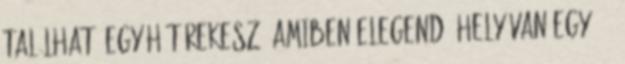
található egy hűtőrekesz, amiben elegendő hely van egy 1,5